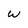
Character: w